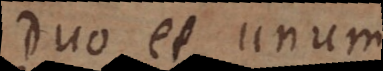
Duo et unum.